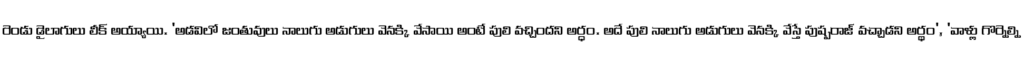
రెండు డైలాగులు లీక్ అయ్యాయి. 'అడవిలో జంతువులు నాలుగు అడుగులు వెనక్కి వేసాయి అంటే పులి వచ్చిందని అర్ధం. అదే పులి నాలుగు అడుగులు వెనక్కి వేస్తే పుష్పరాజ్ వచ్చాడని అర్థం', 'వాళ్లు గొర్నెల్ని